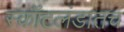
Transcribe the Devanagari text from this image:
स्कॉटलंडातच